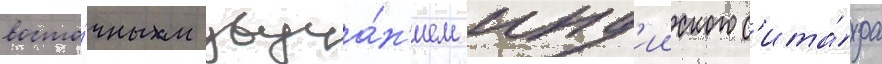
восто́чным звуча́н'ием инд'ииского с'ита́ра